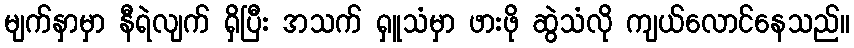
မျက်နှာမှာ နီရဲလျက် ရှိပြီး အသက် ရှူသံမှာ ဖားဖို ဆွဲသံလို ကျယ်လောင်နေသည်။